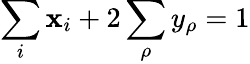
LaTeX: \sum_{i}\mathbf{x}_{i}+2\sum_{\rho}y_{\rho}=1